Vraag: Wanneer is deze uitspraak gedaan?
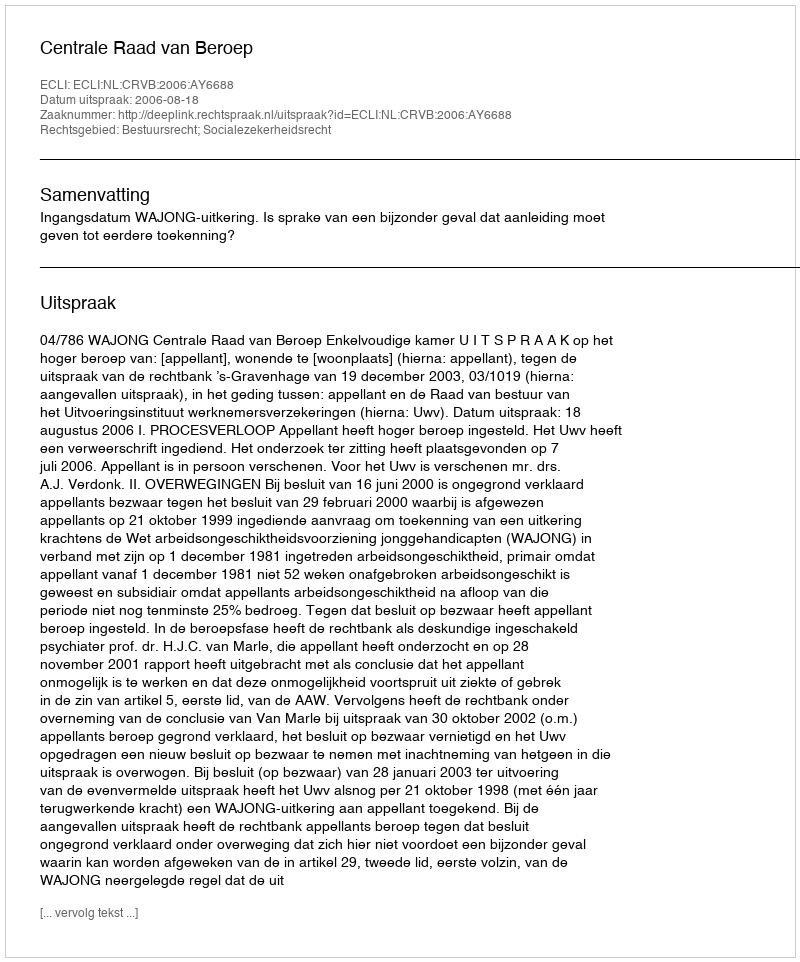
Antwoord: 2006-08-18